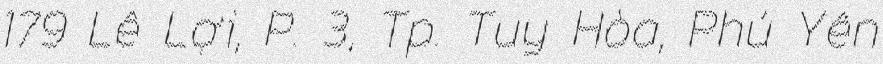
179 Lê Lợi, P. 3, Tp. Tuy Hòa, Phú Yên